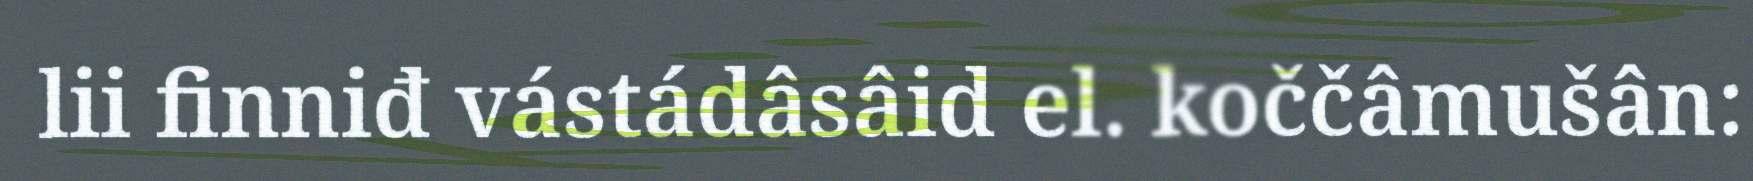
lii finniđ vástádâsâid el. koččâmušân: